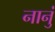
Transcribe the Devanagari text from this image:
नानुं